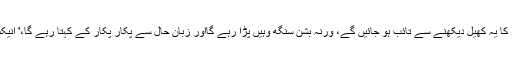
اجمل قصاب، کلبھوشن یادو، صرف اس وقت مریں گے ، جب ہم عوام، گلیڈی ایٹرز کا یہ کھیل دیکھنے سے تائب ہو جائیں گے، ورنہ بشن سنگھ وہیں پڑا رہے گااور زبانِ حال سے پکار پکار کے کہتا رہے گا،' انیکس دی آف دی بے دھیانا دی، مونگ دی دال دی، پاکستان اینڈ انڈیا دی در فٹے منہ۔